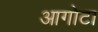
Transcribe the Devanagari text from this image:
आगोटा